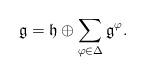
LaTeX: \begin{align*}\mathfrak{g}=\mathfrak{h}\oplus \sum_{\varphi\in\Delta}\mathfrak{g}^{\varphi}.\end{align*}